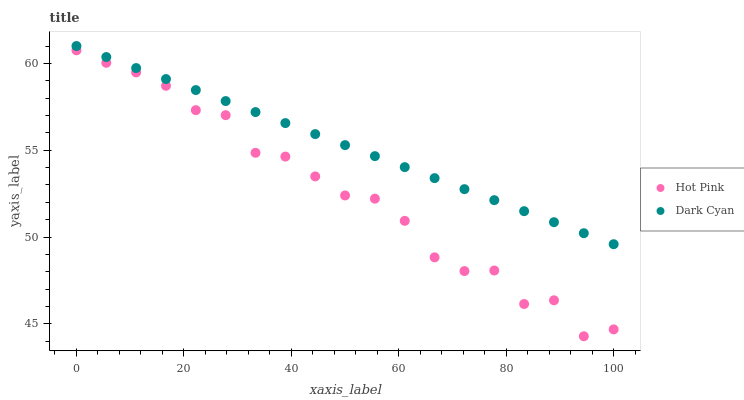
| xaxis_label | Hot Pink | Dark Cyan |
 | --- | --- | --- |
 | 0 | 60.8 | 61 |
 | 5.56 | 60 | 60.4 |
 | 11.1 | 59.5 | 59.7 |
 | 16.7 | 58.7 | 59.1 |
 | 22.2 | 57.3 | 58.5 |
 | 27.8 | 57 | 57.8 |
 | 33.3 | 54.9 | 57.2 |
 | 38.9 | 54.6 | 56.6 |
 | 44.4 | 53.5 | 55.9 |
 | 50 | 52.4 | 55.3 |
 | 55.6 | 52.2 | 54.7 |
 | 61.1 | 50.9 | 54 |
 | 66.7 | 48.8 | 53.4 |
 | 72.2 | 48 | 52.8 |
 | 77.8 | 48.1 | 52.1 |
 | 83.3 | 46.1 | 51.5 |
 | 88.9 | 46.4 | 50.9 |
 | 94.4 | 44.3 | 50.2 |
 | 100 | 44.7 | 49.6 |